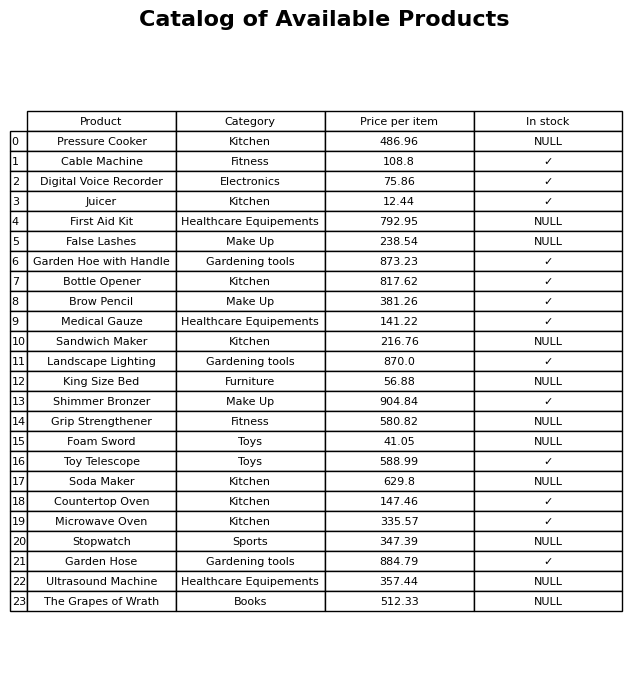
question: What is the price of the Microwave Oven?
answer: The price of Microwave Oven is 335.57.